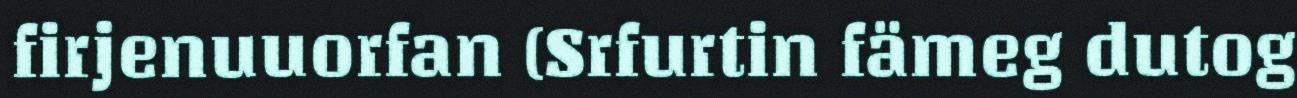
firjenuuorfan (Srfurtin fämeg dutog